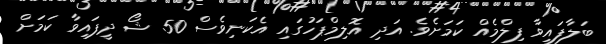
ބަލާފައިވާ ފިލްމެއް ކަމަށެވެ. އަދި އޮލިމްޕަހުގައި އެކަނިވެސް 50 ޝޯ ދީފައިވާ ކަމަށް